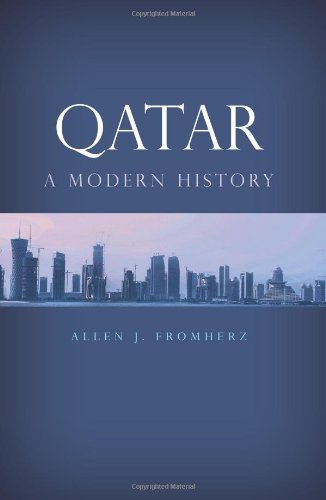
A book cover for Qatar: A Modern History; Allen Fromherz; History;